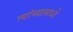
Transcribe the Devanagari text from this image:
त्‍यांच्‍यामध्‍ये